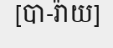
[បា-រ៉ាយ]